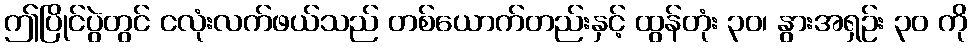
ဤပြိုင်ပွဲတွင် ငလုံးလက်ဖယ်သည် တစ်ယောက်တည်းနှင့် ထွန်တုံး ၃၀၊ နွားအရှဉ်း ၃၀ ကို